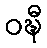
ဝဍ္ဎီ